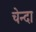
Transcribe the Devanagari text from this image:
चेन्दा